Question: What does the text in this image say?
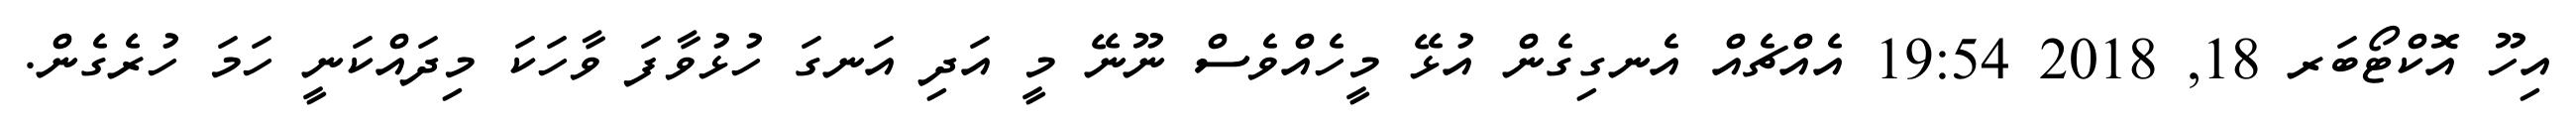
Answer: އިހޫ އޮކްޓޯބަރ 18, 2018 19:54 އެއްޗެއް އެނގިގެން އުޅޭ މީހެއްވެސް ނޫނޭ މީ އަދި އަނގަ ހުޅުވާފަ ވާހަކަ މިދައްކަނީ ހަމަ ހުރެގެން.